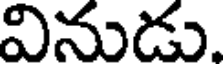
వినుడు.